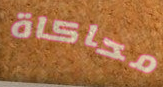
محاكاة